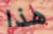
هذا